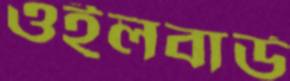
ওইলবার্ড